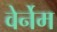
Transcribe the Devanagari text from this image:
वेर्नेम